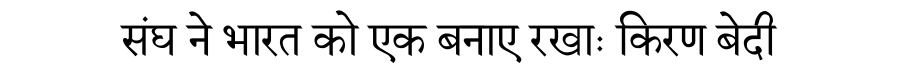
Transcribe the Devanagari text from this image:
संघ ने भारत को एक बनाए रखाः किरण बेदी